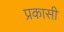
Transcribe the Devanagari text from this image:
प्रकासी